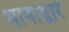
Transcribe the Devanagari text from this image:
भाषांद्वारे